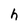
Character: h